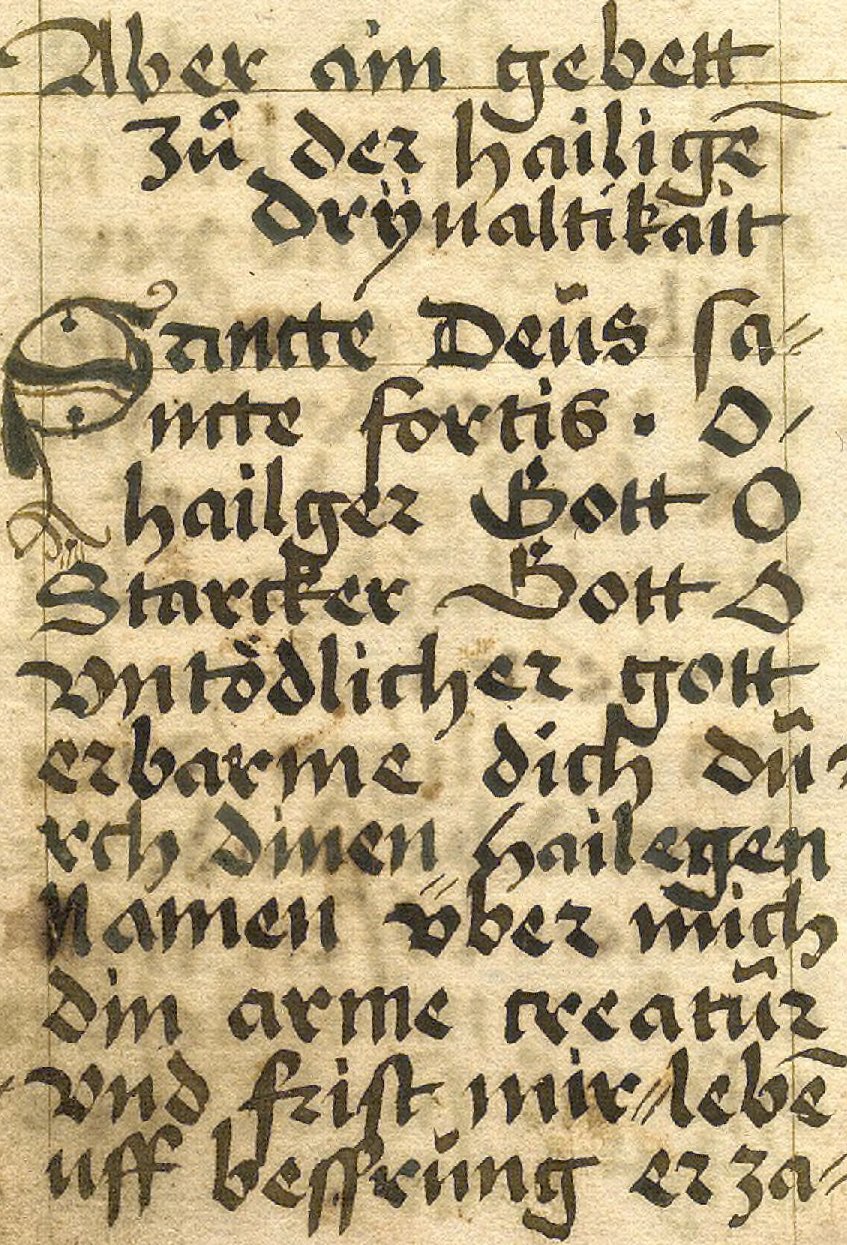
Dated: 1533–1565